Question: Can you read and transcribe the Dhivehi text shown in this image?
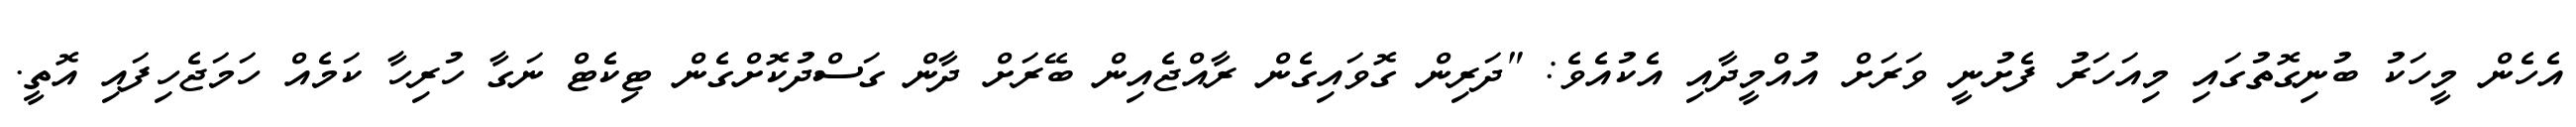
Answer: އެހެން މީހަކު ބުނިގޮތުގައި މިއަހަރު ފެށުނީ ވަރަށް އުއްމީދާއި އެކުއެވެ: "ދަރިން ގޮވައިގެން ރާއްޖެއިން ބޭރަށް ދާން ގަސްދުކޮށްގެން ޓިކެޓް ނަގާ ހުރިހާ ކަމެއް ހަމަޖެހިފައި އޮތީ.